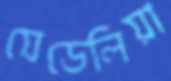
যেডেলিয়া